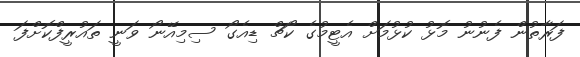
ފަރާތުން ފެނުނު މޮޅު ކުޅުމަށް އެޓީމުގެ ކޯޗް ޑިއެގޯ ސިމިއޭނޯ ވަނީ ތައުރީފްކޮށްފަ